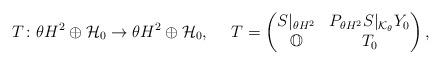
LaTeX: \begin{align*}T\colon\theta H^2\oplus\mathcal H_0\to\theta H^2\oplus\mathcal H_0, \ \ \ \ T=\begin{pmatrix} S|_{\theta H^2} & P_{\theta H^2}S|_{\mathcal K_\theta}Y_0 \cr\mathbb O & T_0\end{pmatrix},\end{align*}